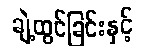
ချဲ့ထွင်ခြင်းနှင့်